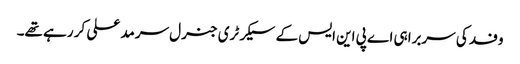
وفد کی سربراہی اے پی این ایس کے سیکرٹری جنرل سرمد علی کر رہے تھے۔